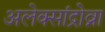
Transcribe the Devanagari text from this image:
अलेक्सांद्रोव्ना